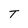
Character: T